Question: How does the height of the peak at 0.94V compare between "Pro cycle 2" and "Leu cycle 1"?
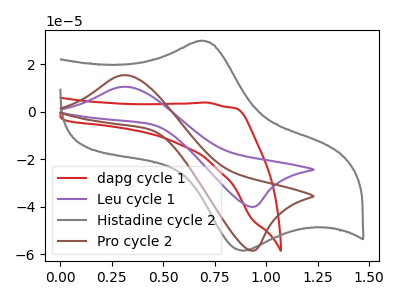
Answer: <think>The red curve "dapg cycle 1" has no peaks. The purple curve "Leu cycle 1" has an anodic peak at (0.30V, 10.60uA) and a cathodic peak at (0.95V, -39.95uA). The gray curve "Histadine cycle 2" has an anodic peak at (0.70V, 29.85uA) and a cathodic peak at (0.90V, -58.50uA). The brown curve "Pro cycle 2" has an anodic peak at (0.30V, 15.45uA) and a cathodic peak at (0.95V, -58.40uA).</think>
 <answer>The peak at 0.94V is higher in "Pro cycle 2" than in "Leu cycle 1".</answer>
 <eval>higher</eval>